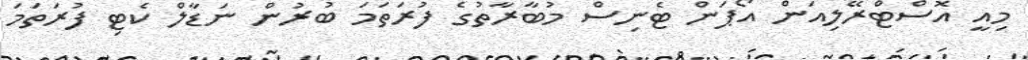
މިއީ އޮސްޓްރޭލިއަން އޯޕަން ޓެނިސް މުބާރާތުގެ ފުރަތަމަ ބުރުން ނަޑާލް ކެޓި ފުރަތަމަ